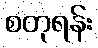
စတုရန်း